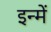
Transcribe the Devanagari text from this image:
इन्‍में